Report of the King Institute of Preventive Medicine, Guindy
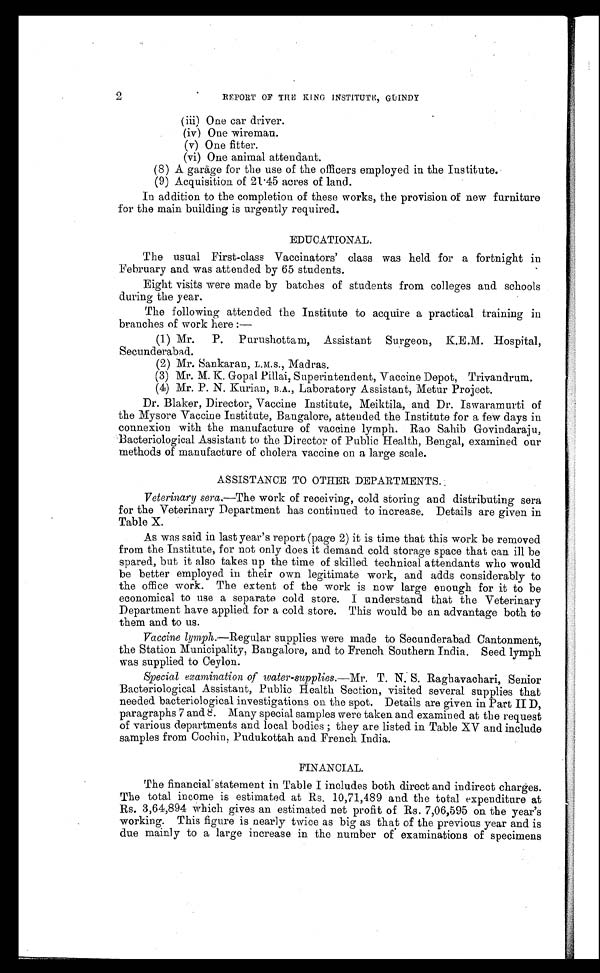
2
REPORT OF THE KING INSTITUTE, GUINDY
( i i i ) O n e c a r d r i v e r .
( i v ) O n e w i r e m a n .
( v ) O n e f i t t e r .
( v i ) O n e a n i m a l a t t e n d a n t .
(8) A garage for the use of the officers employed in the Institute.
(9) Acquisition of 21.45 acres of land.
In addition to the completion of these works, the provision of new furniture
for the main building is urgently required.
EDUCATIONAL.
The usual First-class Vaccinators' class was held for a fortnight in
February and was attended by 65 students.
Eight visits were made by batches of students from colleges and schools
during the year.
The following attended the Institute to acquire a practical training in
branches of work here :
—
(1) Mr. P. Purushottam, Assistant Surgeon, K.E.M. Hospital,
Secunderabad.
(2) Mr. Sankaran, L.M.S., Madras.
(3) Mr. M. K. Gopal Pillai, Superintendent, Vaccine Depot, Trivandrum.
(4) Mr. P. N. Kurian, B.A., Laboratory Assistant, Metur Project.
Dr. Blaker, Director, Vaccine Institute, Meiktila, and Dr. Iswaramurti of
the Mysore Vaccine Institute, Bangalore, attended the Institute for a few days in
connexion with the manufacture of vaccine lymph. Rao Sahib Govindaraju,
Bacteriological Assistant to the Director of Public Health, Bengal, examined our
methods of manufacture of cholera vaccine on a large scale.
ASSISTANCE TO OTHER DEPARTMENTS.
Veterinary sera .—The work of receiving, cold storing and distributing sera
for the Veterinary Department has continued to increase. Details are given in
Table X.
As was said in last year's report (page 2) it is time that this work be removed
from the Institute, for not only does it demand cold storage space that can ill be
spared, but it also takes up the time of skilled technical attendants who would
be better employed in their own legitimate work, and adds considerably to
the office work. The extent of the work is now large enough for it to be
economical to use a separate cold store. I understand that the Veterinary
Department have applied for a cold store. This would be an advantage both to
them and to us.
Vaccine lymph .—Regular supplies were made to Secunderabad Cantonment,
the Station Municipality, Bangalore, and to French Southern India. Seed lymph
was supplied to Ceylon.
Special examination of water-supplies.— Mr . T. N. S. Raghavachari, Senior
Bacteriological Assistant, Public Health Section, visited several supplies that
needed bacteriological investigations on the spot. Details are given in Part II D,
paragraphs 7 and 8. Many special samples were taken and examined at the request
of various departments and local bodies ; they are listed in Table XV and include
samples from Cochin, Pudukottah and French India.
FINANCIAL.
The financial statement in Table I includes both direct and indirect charges.
The total income is estimated at Rs. 10,71,489 and the total expenditure at
Rs. 3,64,894 which gives an estimated net profit of Rs. 7,06,595 on the year's
working. This figure is nearly twice as big as that of the previous year and is
due mainly to a large increase in the number of examinations of specimens